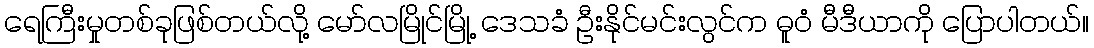
ရေကြီးမှုတစ်ခုဖြစ်တယ်လို့ မော်လမြိုင်မြို့ ဒေသခံ ဦးနိုင်မင်းလွင်က ဓူဝံ မီဒီယာကို ပြောပါတယ်။